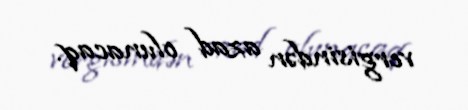
vergisindən azad olunacaq.